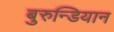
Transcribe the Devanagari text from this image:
बुरुन्डियान